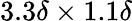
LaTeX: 3.3\delta\times 1.1\delta